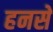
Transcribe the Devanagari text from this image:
हनसे